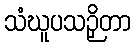
သံဃူပသဉှိတာ